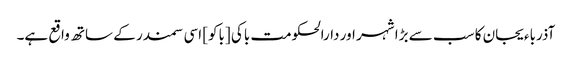
آذرباءیجان کا سب سے بڑا شہر اور دارالحکومت باکی [باکو] اسی سمندر کے ساتھ واقع ہے۔